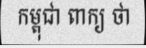
កម្ពុជា ពាក្យ ថា